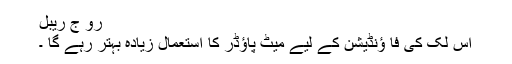
رو ج ریبل
اس لک کی فا ؤنڈیشن کے لیے میٹ پاؤڈر کا استعمال زیادہ بہتر رہے گا ۔